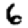
Digit: 6